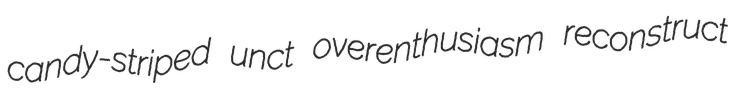
candy-striped unct overenthusiasm reconstruct